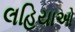
લહિયાઓ